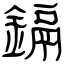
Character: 鎘